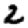
Digit: 2